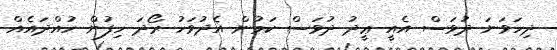
ދިހަވަނަ ދުވަސް އެއީ ޢީދު ދުވަސް ކަމުން އެދުވަހު ރޯދަ ހިފުން ހުއްދައެއް